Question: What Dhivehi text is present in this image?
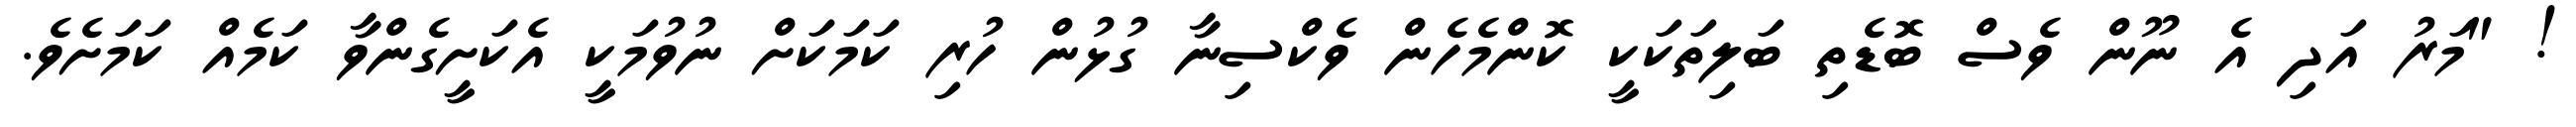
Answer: ! "މަރު އަދި އެ ނޫން ވެސް ބޮޑެތި ބަލިތަކަކީ ކޮންމެހެން ވެކްސިނާ ގުޅުން ހުރި ކަމަކަށް ނުވުމަކީ އެކަށީގެންވާ ކަމެއް ކަމަށެވެ.